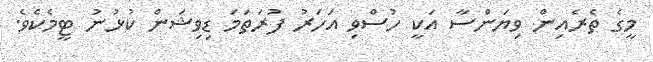
މީގެ ތެރެއިން ވިޔަންސާ އަކީ ހުސްވި އަހަރު ފުރަތަމަ ޑިވިޝަން ކުޅުނު ޓީމެކެވެ.